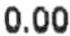
0.00